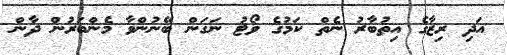
އަދި ރިޒާގެ އިތުބާރު ނެތް ކަމުގެ ވޯޓު ނަގަން ބޭނުންވާ މެންބަރުން ދާން